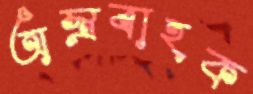
অস্ত্রবাহক